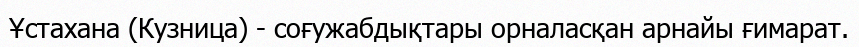
Ұстахана (Кузница) - соғужабдықтары орналасқан арнайы ғимарат.